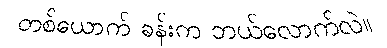
တစ်ယောက် ခန်းက ဘယ်လောက်လဲ။